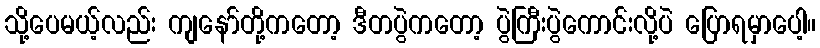
သို့ပေမယ့်လည်း ကျနော်တို့ကတော့ ဒီတပွဲကတော့ ပွဲကြီးပွဲကောင်းလို့ပဲ ပြောရမှာပေါ့။